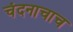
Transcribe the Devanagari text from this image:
चंदनाचाच